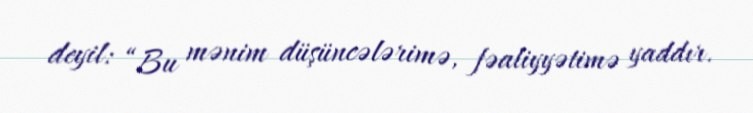
deyil: “Bu mənim düşüncələrimə, fəaliyyətimə yaddır.